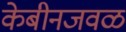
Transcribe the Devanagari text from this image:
केबीनजवळ